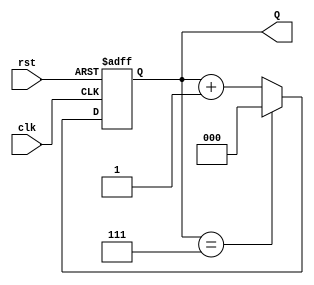
module up_counter_moore (
    input wire clk,       // Clock input
    input wire rst,       // Asynchronous reset input
    output reg [2:0] Q    // 3-bit output for count
);

    // State transition logic
    always @(posedge clk or posedge rst) begin
        if (rst) begin
            Q <= 3'b000;  // Reset to state 0
        end else begin
            // Increment the count, wrap around at 7 (111)
            if (Q == 3'b111) begin
                Q <= 3'b000;  // Wrap around to state 0
            end else begin
                Q <= Q + 1;   // Increment the current state
            end
        end
    end

endmodule